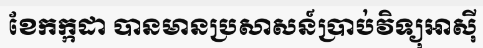
ខែកក្កដា បានមានប្រសាសន៍ប្រាប់វិទ្យុអាស៊ី